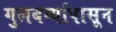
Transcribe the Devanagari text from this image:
गुलबर्ग्यापासून